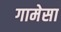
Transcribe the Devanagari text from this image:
गामेसा